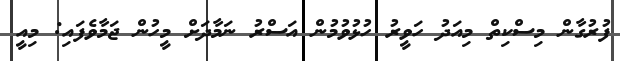
ފުރުގާން މިސްކިތް މިއަދު ހަވީރު ހުޅުވުމުން އަސްރު ނަމާދަށް މީހުން ޖަމާވެފައި: މިއީ